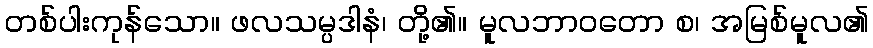
တစ်ပါးကုန်သော။ ဖလသမ္ပဒါနံ၊ တို့၏။ မူလဘာဝတော စ၊ အမြစ်မူလ၏